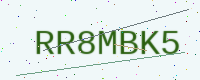
Text: RR8MBK5